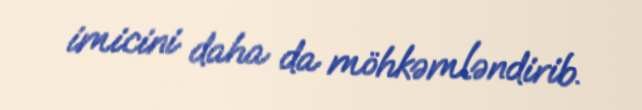
imicini daha da möhkəmləndirib.